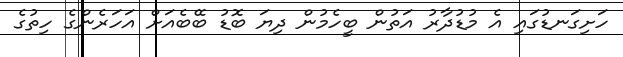
ހަށިގަނޑުގައި އެ މުޑުދާރު އަތުން ބީހެމުން ދިޔަ ބޮޑު ބޭބެއަށް އަހަރެންގެ ހިތުގެ